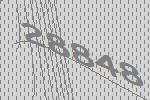
28848